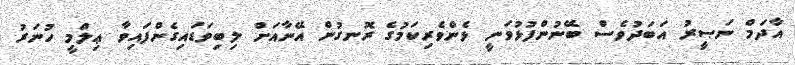
އާދަމް ނަޞީރު އަބަދުވެސް ބޭނުންފުޅުވަނީ ޅެންވެރިކަމުގެ ރޮނގުން އޭނާއަށް ލިބިވަޑައިގެންފައިވާ ޢިލްމީ ހުނަރު